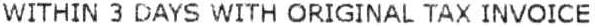
WITHIN 3 DAYS WITH ORIGINAL TAX INVOICE